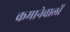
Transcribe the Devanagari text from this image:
कमानेवालों